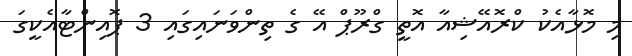
މި މޮޅާއެކު ކްރޮއޭޝިއާ އޮތީ ގްރޫޕް އޭ ގެ ތިންވަނައިގައި 3 ޕޮއިންޓާއެކީގަ